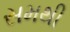
સમથી